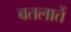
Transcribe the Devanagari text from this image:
बतलातें